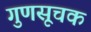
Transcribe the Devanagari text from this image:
गुणसूचक